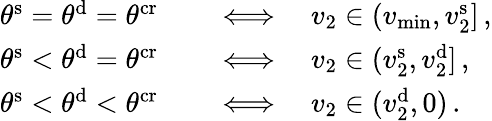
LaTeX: \begin{array}{rl}{\theta^{\mathrm{s}}=\theta^{\mathrm{d}}=\theta^{\mathrm{cr}}\quad}&{{}\Longleftrightarrow\quad v_{2}\in(v_{\operatorname*{min}},v_{2}^{\mathrm{s}}]\, ,}\\ {\theta^{\mathrm{s}}<\theta^{\mathrm{d}}=\theta^{\mathrm{cr}}\quad}&{{}\Longleftrightarrow\quad v_{2}\in(v_{2}^{\mathrm{s}},v_{2}^{\mathrm{d}}]\, ,}\\ {\theta^{\mathrm{s}}<\theta^{\mathrm{d}}<\theta^{\mathrm{cr}}\quad}&{{}\Longleftrightarrow\quad v_{2}\in(v_{2}^{\mathrm{d}},0)\, .}\end{array}